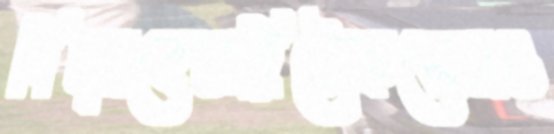
পিছ্‌লবেনরিটেকসেলগু